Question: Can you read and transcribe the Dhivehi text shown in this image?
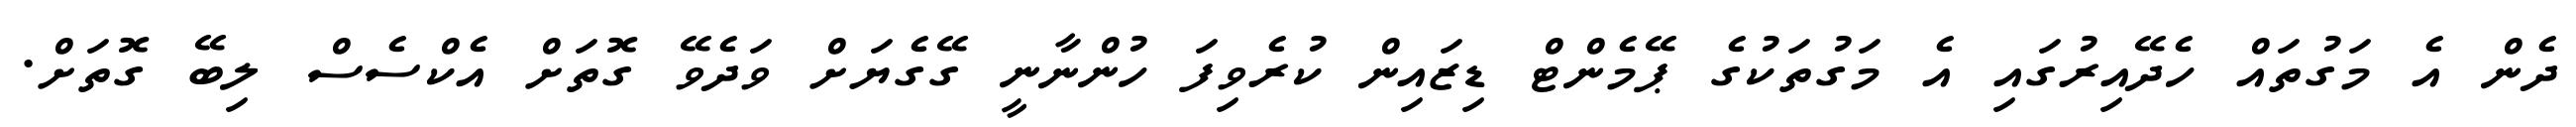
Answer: ދެން އެ މަގުތައް ހެދޭއިރުގައި އެ މަގުތަކުގެ ޕޭމެންޓް ޑިޒައިން ކުރެވިފަ ހުންނާނީ ގޭގެޔަށް ވަދެވޭ ގޮތަށް އެކްސެސް ލިބޭ ގޮތަށް.